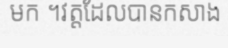
មក ។វត្តដែលបានកសាង